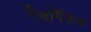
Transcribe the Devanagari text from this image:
नैसर्गिकच